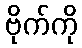
ဗိုက်ကို